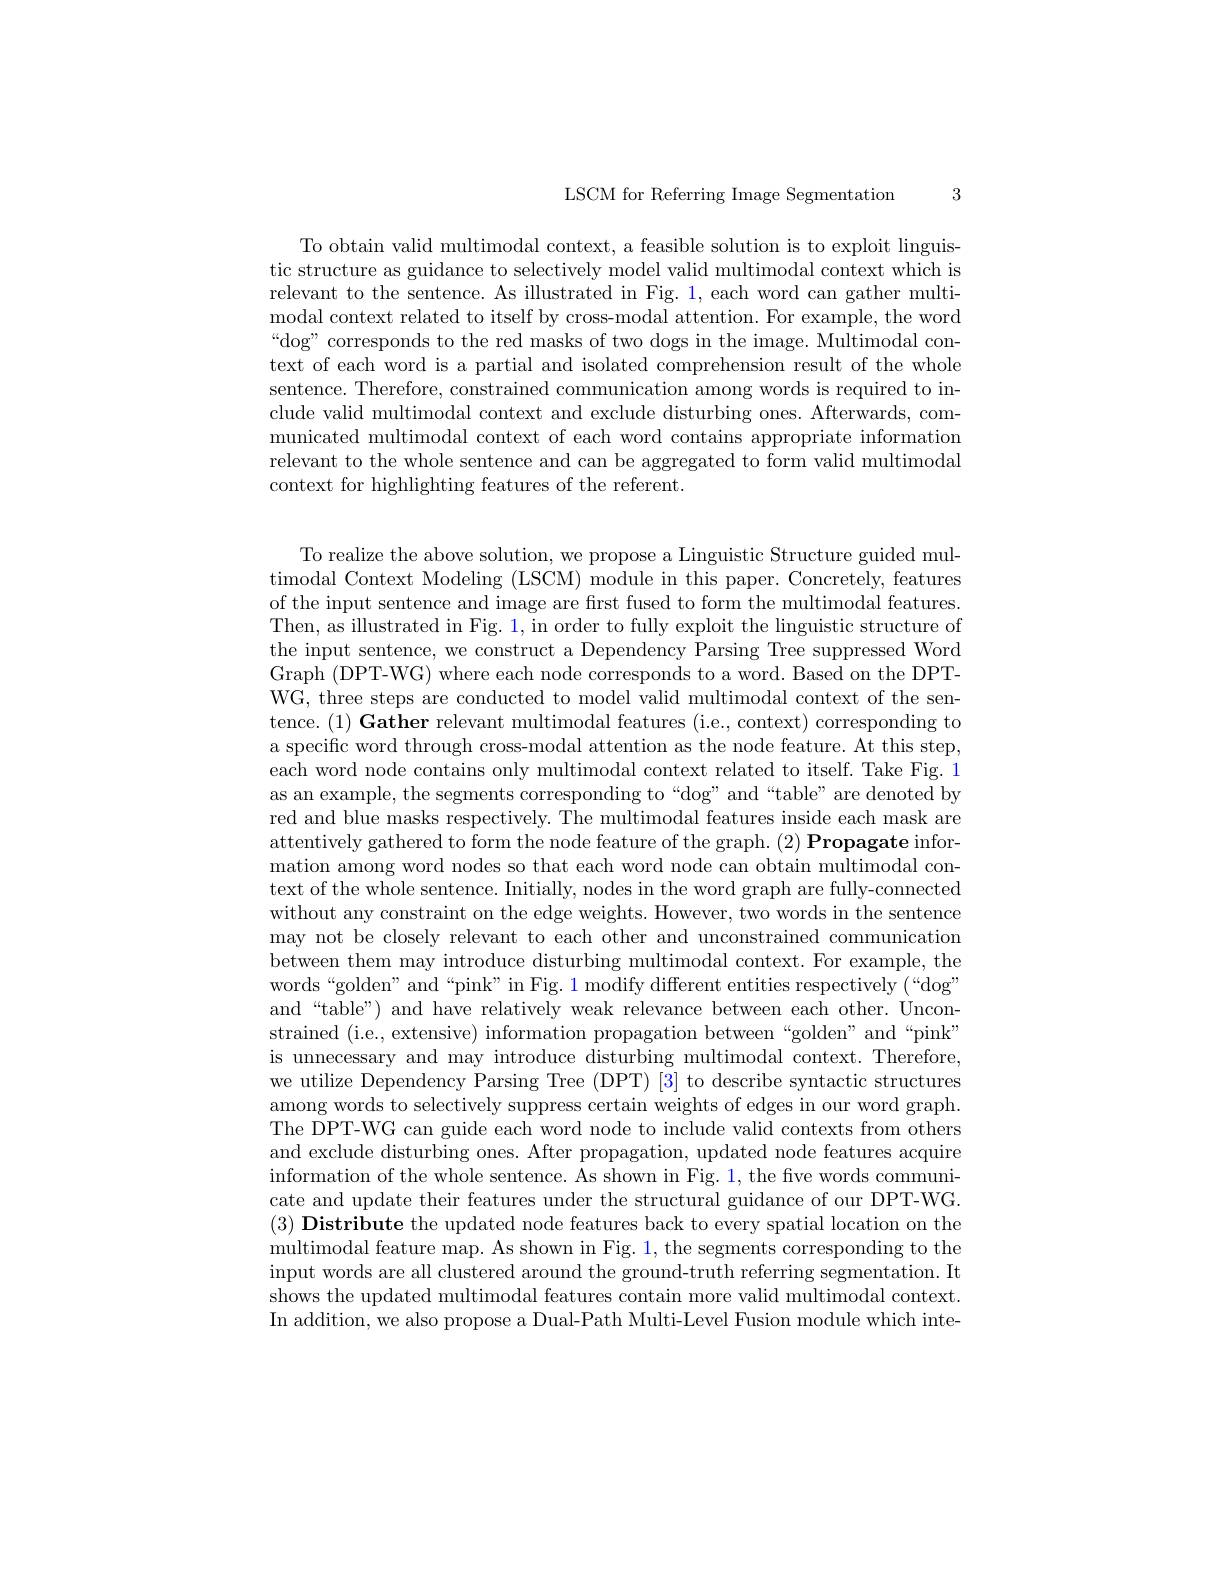
LSCM for Referring Image Segmentation

3

To obtain valid multimodal context, a feasible solution is to exploit linguistic structure as guidance to selectively model valid multimodal context which is relevant to the sentence. As illustrated in Fig. 1, each word can gather multimodal context related to itself by cross-modal attention. For example, the word “dog” corresponds to the red masks of two dogs in the image. Multimodal context of each word is a partial and isolated comprehension result of the whole sentence. Therefore, constrained communication among words is required to include valid multimodal context and exclude disturbing ones. Afterwards, communicated multimodal context of each word contains appropriate information relevant to the whole sentence and can be aggregated to form valid multimodal context for highlighting features of the referent.

To realize the above solution, we propose a Linguistic Structure guided multimodal Context Modeling (LSCM) module in this paper. Concretely, features of the input sentence and image are first fused to form the multimodal features. Then, as illustrated in Fig. 1, in order to fully exploit the linguistic structure of the input sentence, we construct a Dependency Parsing Tree suppressed Word Graph (DPT-WG) where each node corresponds to a word. Based on the DPTWG, three steps are conducted to model valid multimodal context of the sentence. (1) Gather relevant multimodal features (i.e., context) corresponding to a specific word through cross-modal attention as the node feature. At this step, each word node contains only multimodal context related to itself. Take Fig. 1 as an example, the segments corresponding to“dog”and“table”are denoted by red and blue masks respectively. The multimodal features inside each mask are attentively gathered to form the node feature of the graph. (2) Propagate information among word nodes so that each word node can obtain multimodal context of the whole sentence. Initially, nodes in the word graph are fully-connected without any constraint on the edge weights. However, two words in the sentence may not be closely relevant to each other and unconstrained communication between them may introduce disturbing multimodal context. For example, the words“golden”and“pink”in Fig. 1 modify different entities respectively (“dog”) and“table”) and have relatively weak relevance between each other. Unconstrained (i.e., extensive) information propagation between“golden”and“pink" is unnecessary and may introduce disturbing multimodal context. Therefore, we utilize Dependency Parsing Tree (DPT) [3] to describe syntactic structures among words to selectively suppress certain weights of edges in our word graph. The DPT-WG can guide each word node to include valid contexts from others and exclude disturbing ones. After propagation, updated node features acquire information of the whole sentence. As shown in Fig. 1, the five words communicate and update their features under the structural guidance of our DPT-WG. $( 3) \textbf{ Distribute the updated node features back to every spatial location on the}$ multimodal feature map. As shown in Fig. 1, the segments corresponding to the input words are all clustered around the ground-truth referring segmentation. It shows the updated multimodal features contain more valid multimodal context. In addition, we also propose a Dual-Path Multi-Level Fusion module which inte-